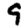
Digit: 9